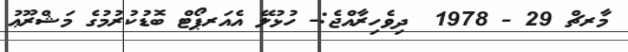
މާރޗް 29 - 1978  ދިވެހިރާއްޖެ:- ހުޅުލޭ އެއަރޕޯޓް ބޮޑުކުރުމުގެ މަޝްރޫޢު